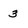
Character: 3